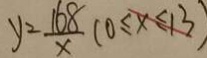
y = \frac { 1 6 8 } { x } ( 0 \leq x \leq 1 3 )